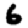
Digit: 6